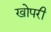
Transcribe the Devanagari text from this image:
खोपरी